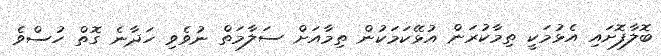
ބޮލާފޮށައި އެޅުމަކީ ތިމާކުރަން އުޅޭކަމަކުން ތިމާއަށް ސަލާމަތް ނުވެވި ހަދާނެ ގޮތް ހުސްވެ